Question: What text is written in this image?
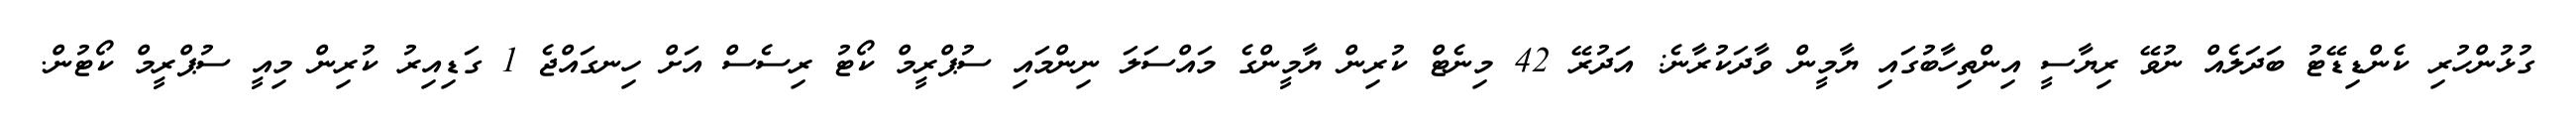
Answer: ގުޅުންހުރި ކެންޑިޑޭޓު ބަދަލެއް ނުވޭ ރިޔާސީ އިންތިހާބުގައި ޔާމީން ވާދަކުރާނެ: އަދުރޭ 42 މިނެޓް ކުރިން ޔާމީންގެ މައްސަލަ ނިންމައި ސުޕްރީމް ކޯޓު ރިސެސް އަށް ހިނގައްޖެ 1 ގަޑިއިރު ކުރިން މިއީ ސުޕްރީމް ކޯޓުން.